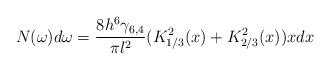
LaTeX: \begin{align*}N(\omega) d\omega = \frac{8h^6\gamma_{6,4}}{\pi l^2} (K_{1/3}^2(x) +K_{2/3}^2(x)) x dx\end{align*}